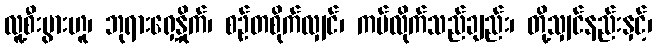
လူ့စီးပွားဟူ၊ ဘုရားရှေ့နှိုက်၊ စဉ်တစိုက်လျှင်၊ ကပ်လိုက်သည်ချည်း၊ တို့သျှင်နည်းနှင့်၊